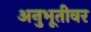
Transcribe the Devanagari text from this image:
अनुभूतीवर